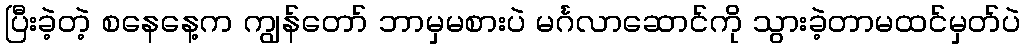
ပြီးခဲ့တဲ့ စနေနေ့က ကျွန်တော် ဘာမှမစားပဲ မင်္ဂလာဆောင်ကို သွားခဲ့တာမထင်မှတ်ပဲ